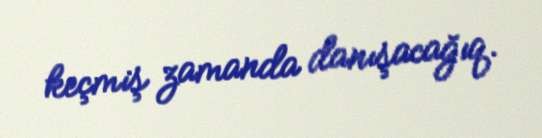
keçmiş zamanda danışacağıq.